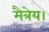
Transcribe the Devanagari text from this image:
मैत्रेय।